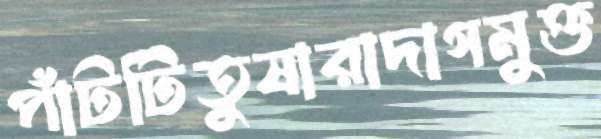
পাঁটটিতুষারাদাগমুক্ত